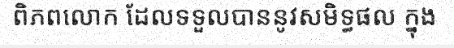
ពិភពលោក ដែលទទួលបាននូវសមិទ្ធផល ក្នុង